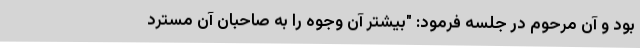
بود و آن‌ مرحوم در جلسه‌ فرمود: "بیشتر آن وجوه را به صاحبان آن مسترد